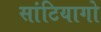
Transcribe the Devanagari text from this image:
सांटियागो